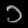
Digit: ၁